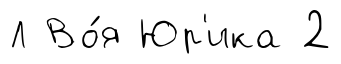
Л Во́я Юр'ика 2